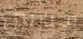
سيارتين